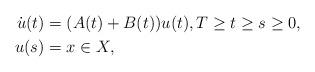
LaTeX: \begin{align*}\dot{u}(t) & = (A(t)+B(t))u(t),T\geq t\geq s\geq0,\\u(s) & = x\in X,\end{align*}